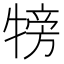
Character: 𤚰